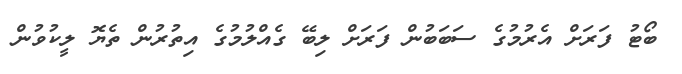
ބޯޓު ފަރަށް އެރުމުގެ ސަބަބުން ފަރަށް ލިބޭ ގެއްލުމުގެ އިތުރުން ތެޔޮ ލީކުވުން